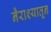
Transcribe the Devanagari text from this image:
नैराश्यातून